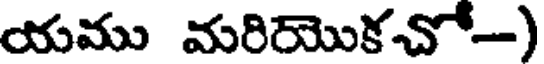
యము మరియొకచో-)